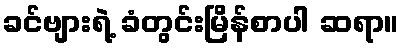
ခင်ဗျားရဲ့ ခံတွင်းမြိန်စာပါ ဆရာ။